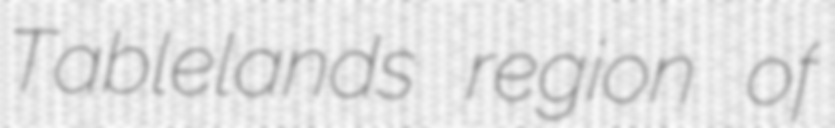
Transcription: Tablelands region of